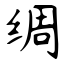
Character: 绸